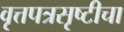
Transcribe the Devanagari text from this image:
वृत्तपत्रसृष्टीचा